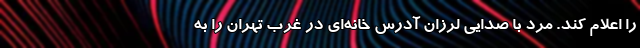
را اعلام کند. مرد با صدایی لرزان آدرس خانه‌ای در غرب تهران را به